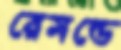
রেমন্ডে